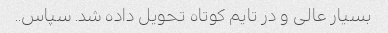
بسیار عالی و در تایم کوتاه تحویل داده شد. سپاس..